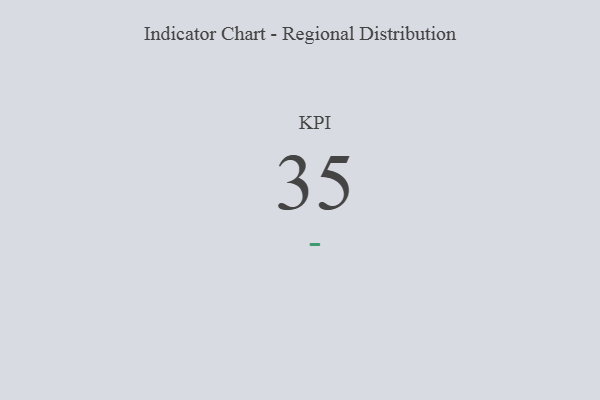
{"axis": {"x": "KPI", "y": "Value"}, "legend": [""], "data": [{"x": "KPI", "y": 35, "type": ""}]}